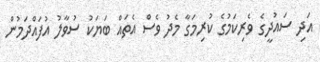
އަދި ސައުދީގެ ވެރިކަމުގެ ކުރިމަގާ މެދު ވެސް އެތައް ބަޔަކު ސުވާލު އުފައްދަމުން